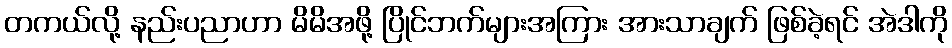
တကယ်လို့ နည်းပညာဟာ မိမိအဖို့ ပြိုင်ဘက်များအကြား အားသာချက် ဖြစ်ခဲ့ရင် အဲဒါကို